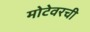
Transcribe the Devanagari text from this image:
मोटेवरची